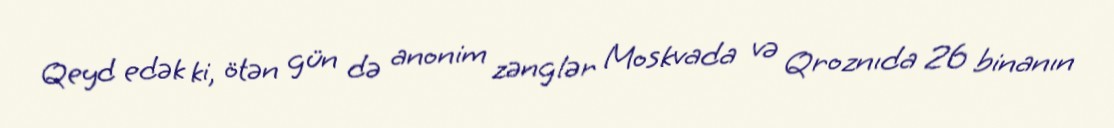
Qeyd edək ki, ötən gün də anonim zənglər Moskvada və Qroznıda 26 binanın